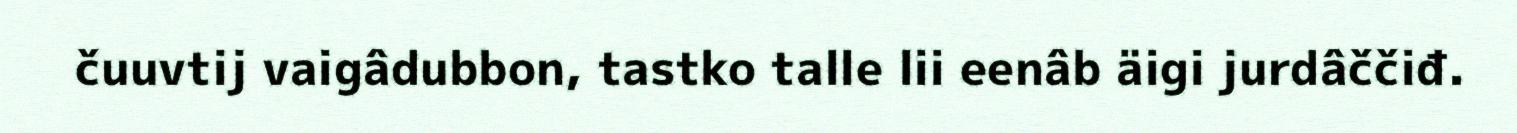
čuuvtij vaigâdubbon, tastko talle lii eenâb äigi jurdâččiđ.